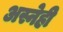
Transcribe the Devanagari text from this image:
अस्नेही